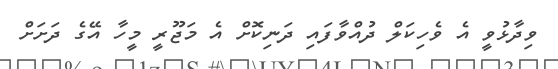
ވިދާޅުވީ އެ ވެހިކަލް ދުއްވާފައި ދަނިކޮށް އެ މަޖޫރީ މީހާ އޭގެ ދަށަށް